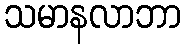
သမာနလာဘာ